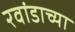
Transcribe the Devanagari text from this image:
रवांडाच्या